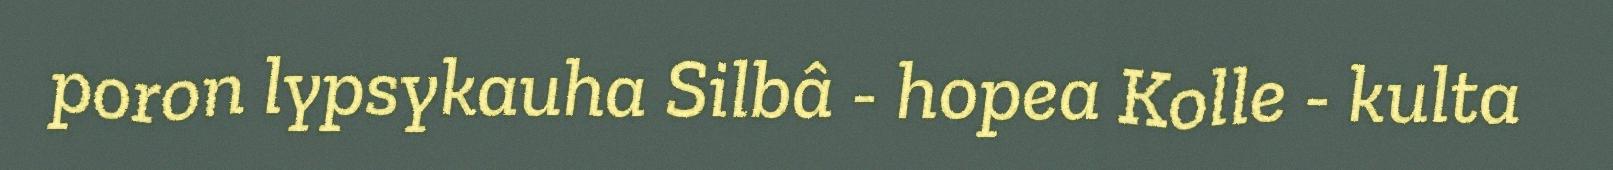
poron lypsykauha Silbâ - hopea Kolle - kulta